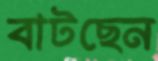
বাটছেন